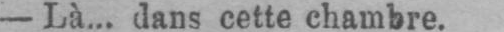
- Là... dans cette chambre.